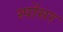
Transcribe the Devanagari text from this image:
स्पोंसर